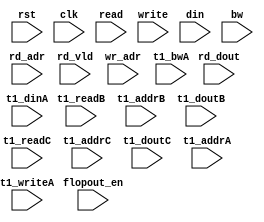
module algo_2r1w_b781_sva_wrap(rst,clk, flopout_en, read, rd_adr, rd_dout, rd_vld, write, wr_adr, din, bw, 
  t1_readB, t1_addrB, t1_doutB,
  t1_readC, t1_addrC, t1_doutC, 
  t1_writeA, t1_addrA, t1_dinA, t1_bwA

);
parameter IP_WIDTH = 15;
parameter IP_BITWIDTH = 4;
parameter IP_NUMADDR = 256;
parameter IP_BITADDR = 8;
parameter IP_NUMVBNK = 1;
parameter IP_BITVBNK = 0;
parameter IP_SECCBITS = 4;
parameter IP_SECCDWIDTH = 1;
parameter IP_BITPBNK = 0;
parameter FLOPIN = 0;
parameter FLOPOUT = 0;
parameter IP_ENAECC = 0;
parameter IP_DECCBITS = 6;
parameter IP_ENAPAR = 0;
parameter FLOPMEM = 0;
parameter FLOPCMD = 0;
parameter T1_WIDTH = 15;
parameter T1_NUMVBNK = 1;
parameter T1_BITVBNK = 0;
parameter T1_DELAY = 2;
parameter T1_NUMVROW = 256;
parameter T1_BITVROW = 8;
parameter T1_BITWSPF = 0;
parameter T1_NUMWRDS = 1;
parameter T1_BITWRDS = 0;
parameter T1_NUMSROW = 256;
parameter T1_BITSROW = 8;
parameter T1_PHYWDTH = 15;
parameter NUMWRPRT = 1;
parameter NUMRDPRT = 2;
parameter BITADDR = IP_BITADDR;
parameter WIDTH = IP_WIDTH;

input                             rst,clk;
input                             flopout_en;

input  [NUMRDPRT-1:0]             read;
input  [NUMRDPRT*BITADDR-1:0]     rd_adr;
input [NUMRDPRT*WIDTH-1:0]       rd_dout;
input [NUMRDPRT-1:0]             rd_vld;

input  [NUMWRPRT-1:0]             write;
input  [NUMWRPRT*BITADDR-1:0]     wr_adr;
input  [NUMWRPRT*WIDTH-1:0]       din;
input  [NUMWRPRT*WIDTH-1:0]       bw;

input                            t1_readB;
input [BITADDR-1:0]              t1_addrB;
input  [WIDTH-1:0]                t1_doutB;

input                            t1_readC;
input [BITADDR-1:0]              t1_addrC;
input  [WIDTH-1:0]                t1_doutC;

input                            t1_writeA;
input [BITADDR-1:0]              t1_addrA;
input [WIDTH-1:0]                t1_dinA;
input [WIDTH-1:0]                t1_bwA;

endmodule